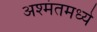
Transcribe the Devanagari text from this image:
अश्मंतमध्ये